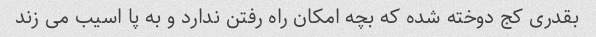
بقدری کج دوخته شده که بچه امکان راه رفتن ندارد و به پا اسیب می زند